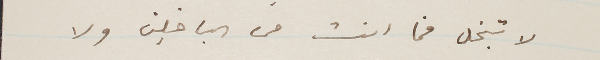
لا تبخل فما انت من الباخلين ولا